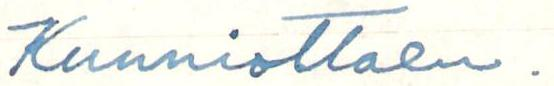
Kunnioittaen.